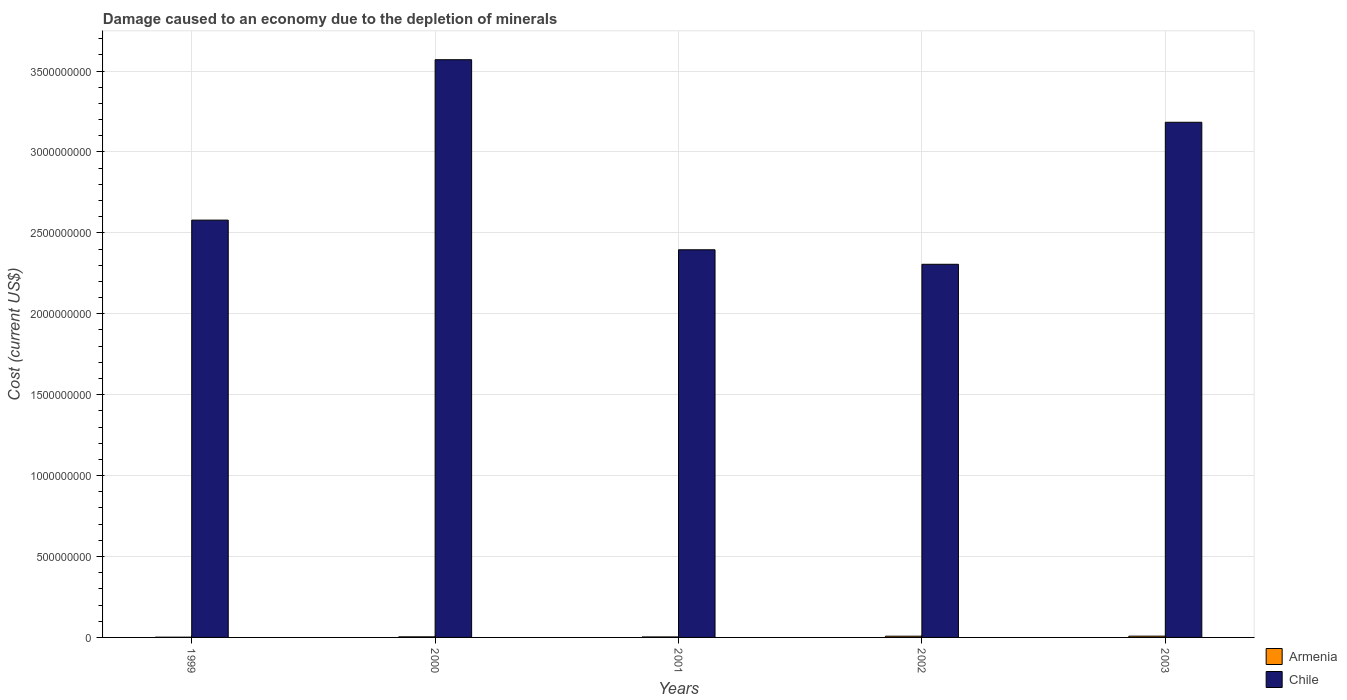
| Years | Armenia | Chile |
 | --- | --- | --- |
 | 1999 | 1.47e+06 | 2.58e+09 |
 | 2000 | 3.65e+06 | 3.57e+09 |
 | 2001 | 3.09e+06 | 2.4e+09 |
 | 2002 | 7.58e+06 | 2.31e+09 |
 | 2003 | 7.85e+06 | 3.18e+09 |